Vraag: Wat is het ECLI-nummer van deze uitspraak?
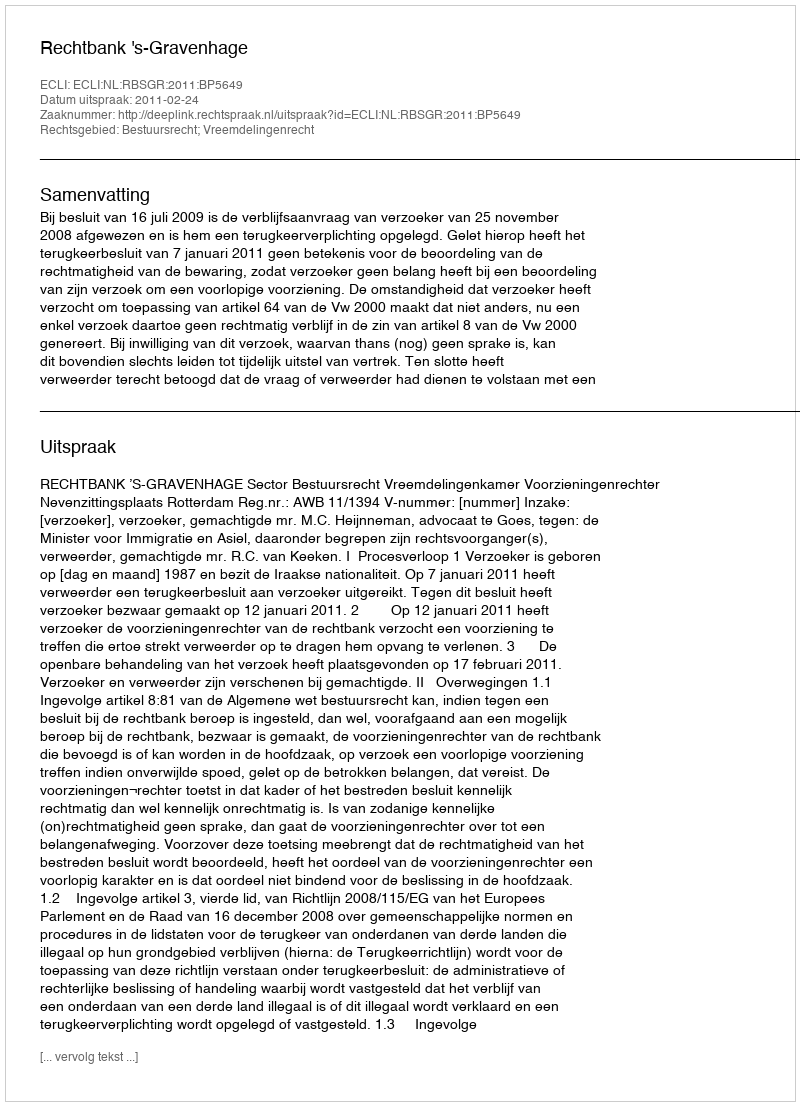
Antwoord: ECLI:NL:RBSGR:2011:BP5649